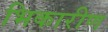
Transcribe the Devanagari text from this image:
भिकारीण